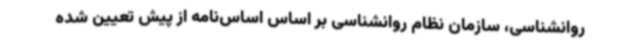
روانشناسی، سازمان نظام روانشناسی بر اساس اساس‌نامه از پیش تعیین شده